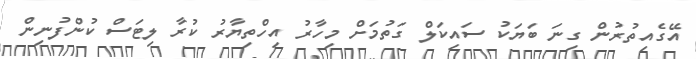
އޭގެއިތުރުން ގިނަ ބަޔަކު ސައިކަލް ގަތުމަށް މިހާރު އިހްތިޔާރު ކުރާ ލިޓަސް ކުންފުނިން